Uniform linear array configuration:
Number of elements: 12
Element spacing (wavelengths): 0.5
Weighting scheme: blackman
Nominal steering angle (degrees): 30
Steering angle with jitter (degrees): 29.758
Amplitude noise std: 0.05
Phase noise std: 0.05

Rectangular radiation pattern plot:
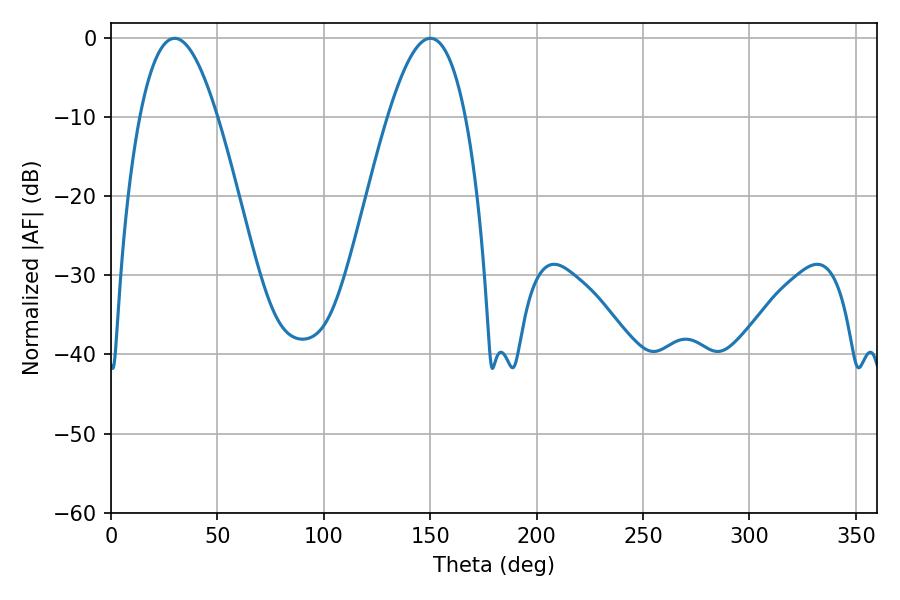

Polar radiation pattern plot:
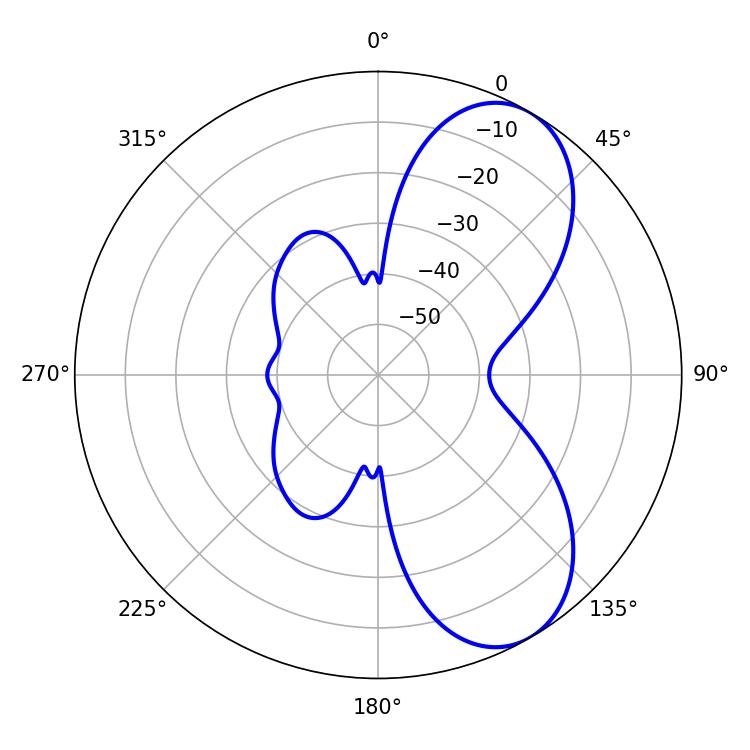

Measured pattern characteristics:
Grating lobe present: FALSE
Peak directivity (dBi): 7.184
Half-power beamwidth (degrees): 19.98
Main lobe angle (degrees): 150.12